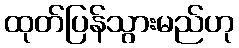
ထုတ်ပြန်သွားမည်ဟု